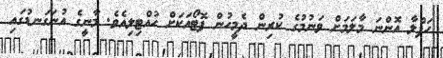
ހަފްލާ އޮންނަ މާލަމަށް ވަނުމުގެ ކުރިން ދެމީހުން ފޮޓޯއަކަށް ހުއްޓިލިއެވެ. މާނީގެ އުނަގަނޑުގައި